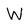
Character: W